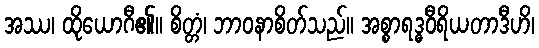
အဿ၊ ထိုယောဂီ၏။ စိတ္တံ၊ ဘာဝနာစိတ်သည်။ အစ္စာရဒ္ဓဝီရိယတာဒီဟိ၊